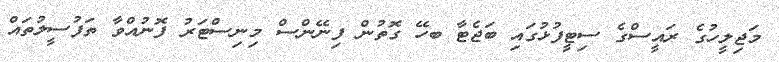
މަޖިލީހުގެ ރައީސްގެ ސިޓީފުޅުގައި ބަޖެޓާ ބހޭ ގޮތުން ފިނޭންސް މިނިސްޓަރު ފޮނުއްވާ ތަފުސީލުތައް